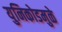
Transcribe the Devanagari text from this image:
युनिकोडमुळे